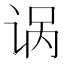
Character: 𫍩